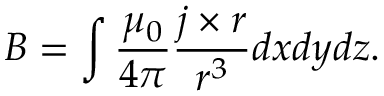
B = \int \frac { \mu _ { 0 } } { 4 \pi } \frac { j \times r } { r ^ { 3 } } d x d y d z .